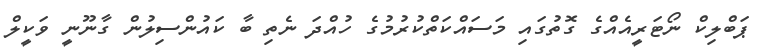
ޕަބްލިކް ނޯޓަރީއެއްގެ ގޮތުގައި މަސައްކަތްކުރުމުގެ ހުއްދަ ނެތި ބާ ކައުންސިލުން ގާނޫނީ ވަކީލް